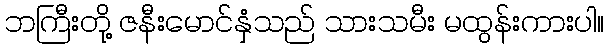
ဘကြီးတို့ ဇနီးမောင်နှံသည် သားသမီး မထွန်းကားပါ။